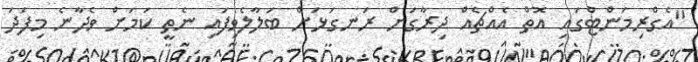
"އެގްރިމަންޓްގައި އޮތް އެއްޗެއް ދިރާގަށް ރަނގަޅަށް ބަލާލެވިފައި ނެތީ ކަމަށް ވެދާނެ މިފަދަ